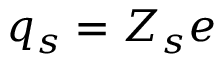
q _ { s } = Z _ { s } e